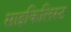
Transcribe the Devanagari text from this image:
साइकिलिस्ट